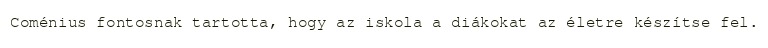
Coménius fontosnak tartotta, hogy az iskola a diákokat az életre készítse fel.